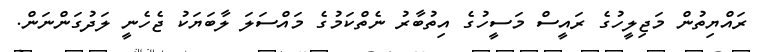
ރައްޔިތުން މަޖިލީހުގެ ރައީސް މަސީހުގެ އިތުބާރު ނެތްކަމުގެ މައްސަލަ ލާބަޔަކު ޖެހެނީ ލަދުގަންނަން.